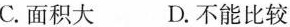
C.面积大 D.不能比较